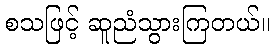
စသဖြင့် ဆူညံသွားကြတယ်။